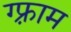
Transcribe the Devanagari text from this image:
ग्फ़्राम